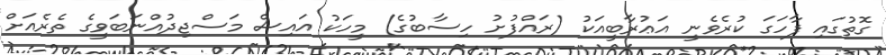
ގޮތުގައި ފާހަގަ ކުރެވެނީ އަޢުރާބީއަކު (ރައްފުށު ހިސާބުގެ) މީހަކު އައިސް މަސްޖިދުއްނަބަވީގެ ތެރެއަށް